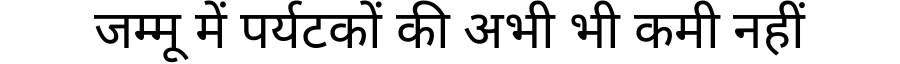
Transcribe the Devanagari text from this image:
जम्मू में पर्यटकों की अभी भी कमी नहीं